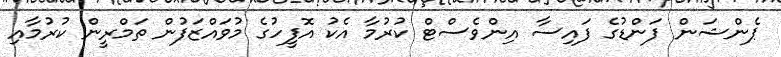
ޕެންޝަން ފަންޑުގެ ފައިސާ އިންވެސްޓް ކުރުމާ އެކު އޮފީހުގެ މުވައްޒަފުން ތަމްރީން ކުރުމާއި